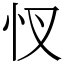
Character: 㣾